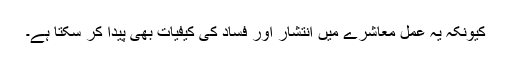
کیونکہ یہ عمل معاشرے میں انتشار اور فساد کی کیفیات بھی پیدا کر سکتا ہے۔